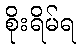
စိုးရိမ်ရ